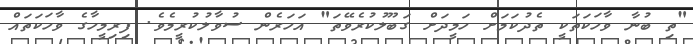
"ތި ބުނާ ވާހަކަތަކީ ތެދުކަމަށް ހަމީދަށް ގަބޫލުކުރެވޭތަ" އަހަރެން ސުވާލުކުރީމެވެ. ފިރިމީހާގެ ވާހަކަތައް